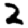
Digit: 2